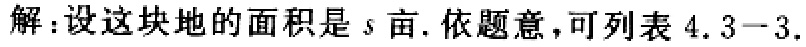
解：设这块地的面积是\(s\)亩. 依题意，可列表\(4.3 - 3.\)